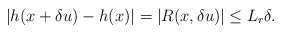
\begin{align*}|h(x+\delta u) - h(x)| = |R(x, \delta u)| \le L_r\delta.\end{align*}